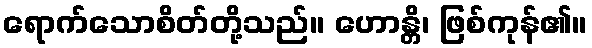
ရောက်သောစိတ်တို့သည်။ ဟောန္တိ၊ ဖြစ်ကုန်၏။